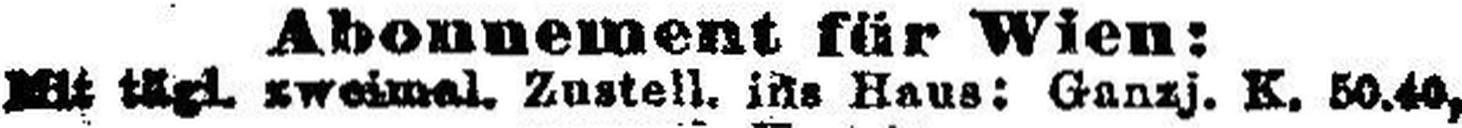
Mit tägl. zweimal, Zustell, ins Haus: Ganzj. K. 50.40,